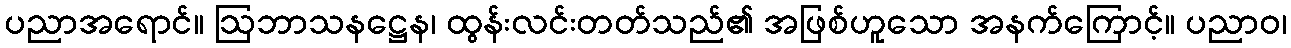
ပညာအရောင်။ ဩဘာသနဋ္ဌေန၊ ထွန်းလင်းတတ်သည်၏ အဖြစ်ဟူသော အနက်ကြောင့်။ ပညာဝ၊